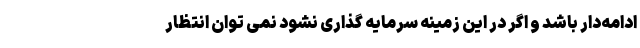
ادامه‌دار باشد و اگر در این زمینه سرمایه گذاری نشود نمی توان انتظار